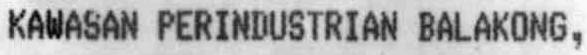
KAWASAN PERINDUSTRIAN BALAKONG,